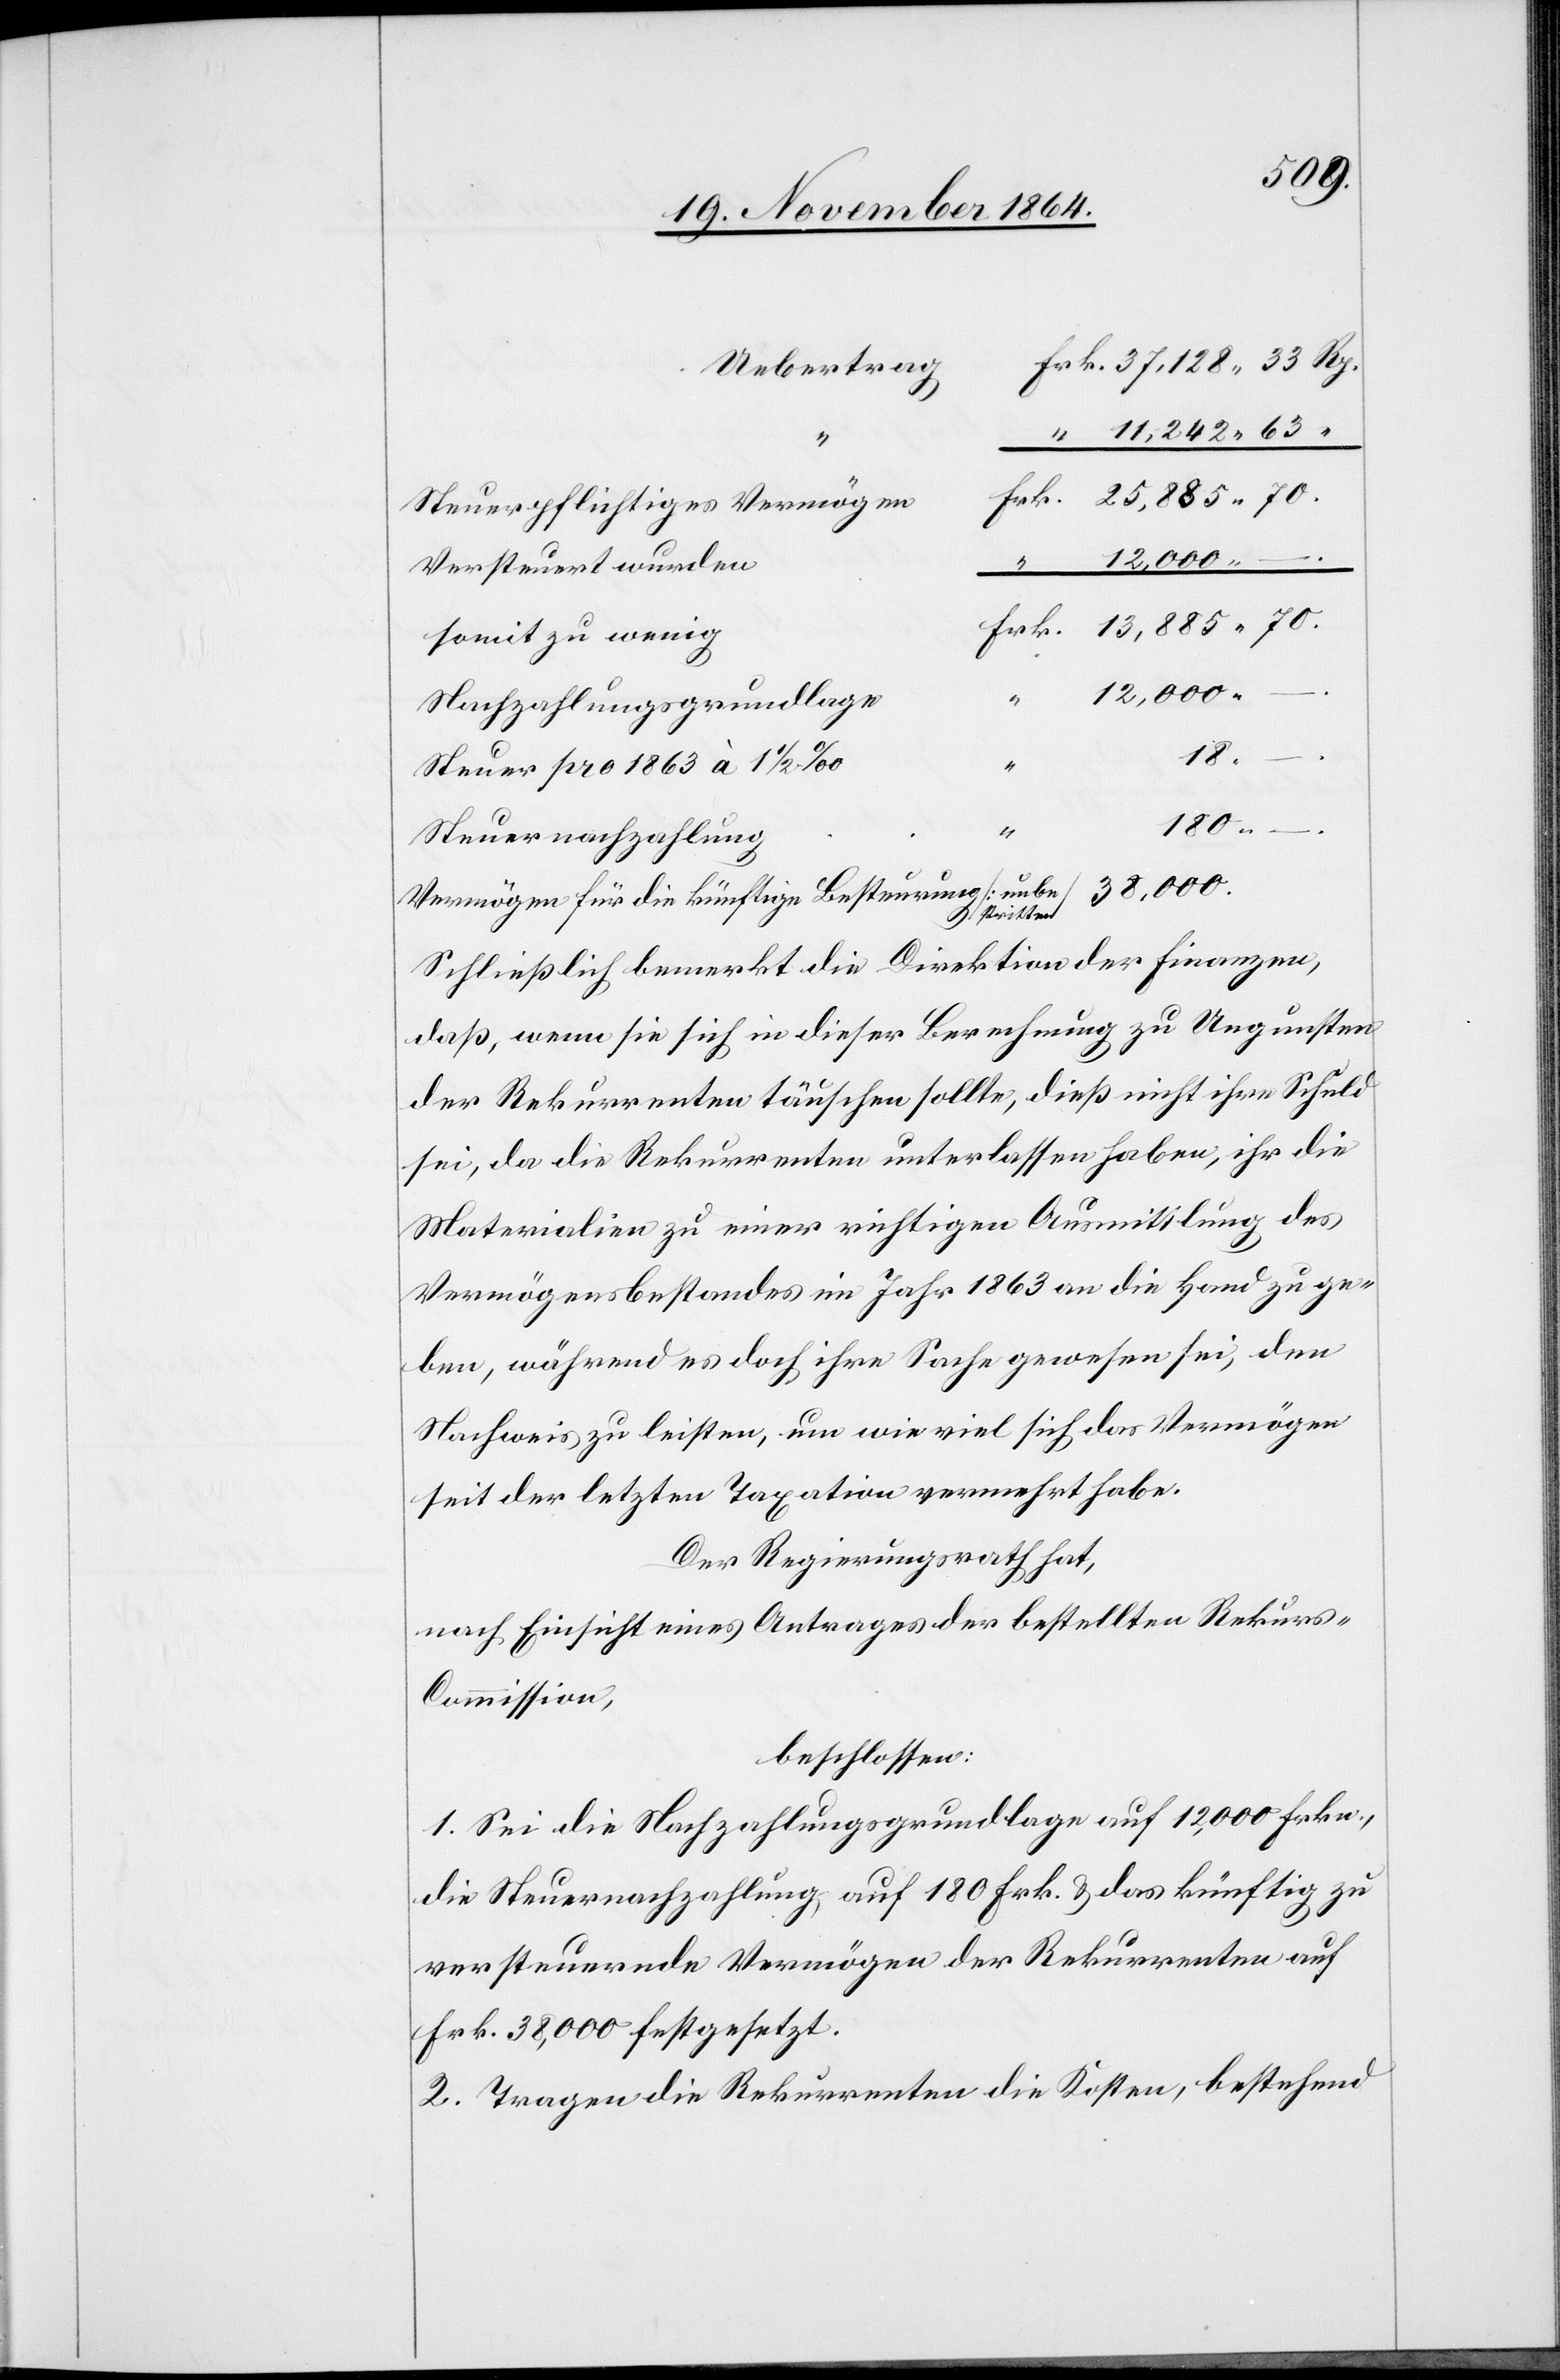
38,000.
Uebertrag
11,242.63.
Steuerpflichtiges Vermögen
Versteuert wurden
12,000. –
somit zu wenig
Nachzahlungsgrundlage
Steuer pro 1863 à 1 1/2‰
180.
.
Vermögen für die künftige Besteurung [unbestritten]
Schließlich bemerkt die Direktion der Finanzen,
daß, wenn sie sich in dieser Berechnung zu Ungunsten
der Rekurrenten täuschen sollte, dieß nicht ihre Schuld
sei, da die Rekurrenten unterlassen haben, ihr die
Materialien zu einer richtigen Ausmittlung des
Vermögensbestandes im Jahr 1863 an die Hand zu ge¬
ben, während es doch ihre Sache gewesen sei, den
Nachweis zu leisten, um wie viel sich das Vermögen
seit der letzten Taxation vermehrt habe.
Der Regierungsrath hat,
nach Einsicht eines Antrages der bestellen Rekur¬
s-Commission,
beschlossen:
1. Sei die Nachzahlungsgrundlage auf 12,000 Frkn.,
die Steuernachzahlung auf 180 Frk. & das künftig zu
versteuernde Vermögen der Rekurrenten auf
Frk. 38,000 festgesetzt.
2. Tagen die Rekurrenten die Kosten, bestehend